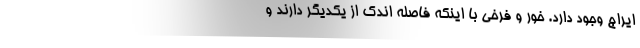
ایراج وجود دارد. خور و فرخی با اینکه فاصله اندک از یکدیگر دارند و